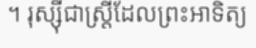
។ រុស្ស៊ីជាស្ត្រីដែលព្រះអាទិត្យ